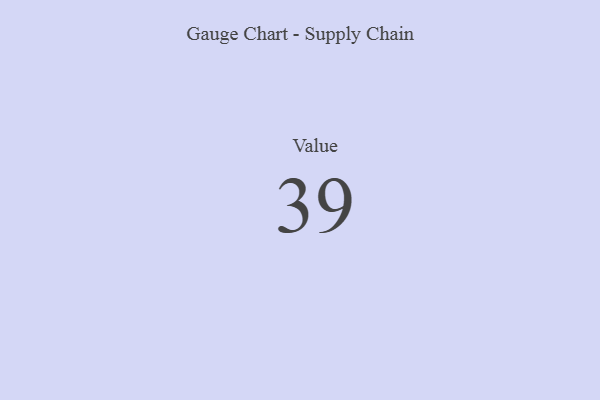
{"axis": {"x": "Metric", "y": "Value"}, "legend": [""], "data": [{"x": "Value", "y": 39, "type": ""}]}